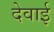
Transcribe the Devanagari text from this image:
देवाई